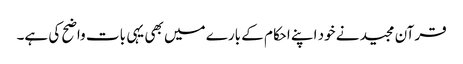
قرآن مجید نے خود اپنے احکام کے بارے میں بھی یہی بات واضح کی ہے۔